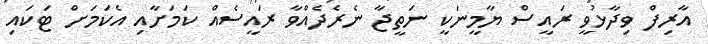
އާރިފް ވިދާޅުވީ ރައީސް ޔާމީނަކީ ނަތީޖާ ނެރެދެއްވާ ރައީސެއް ކަމަށާއި އެކަމަށް ޓަކައި